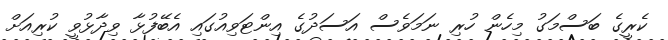
ކެރީގެ ބަސްމަގު މިހެން ހުރި ނަމަވެސް އަސަދުގެ އިންޓަވިއުގައި އެބޭފުޅާ ވިދާޅުވީ ކުރިއަށް